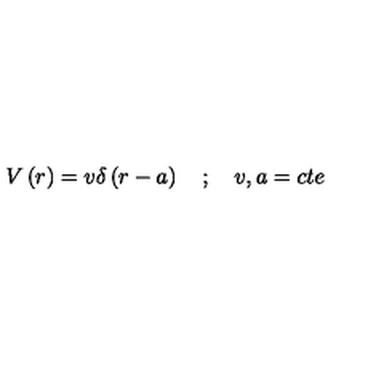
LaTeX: V \left( r \right) = v \delta \left( r - a \right) \quad ; \quad v , a = c t e